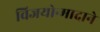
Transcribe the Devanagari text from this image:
विजयोन्मादाने